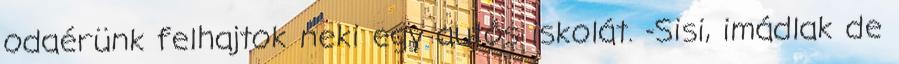
odaérünk felhajtok neki egy autós iskolát. -Sisi, imádlak de